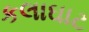
કલાઘાટ